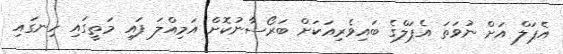
އެޕަލް އަށް ނުވަތަ އެޕަލްގެ ބައިވެރިއަކަށް ބަރޯސާނުކޮށް އަމިއްލަ ފައި މަތީގައި ހިނގައި